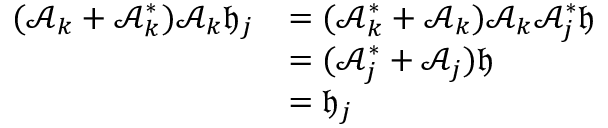
\begin{array} { r l } { ( \mathcal A _ { k } + \mathcal A _ { k } ^ { * } ) \mathcal A _ { k } \mathfrak h _ { j } } & { = ( \mathcal A _ { k } ^ { * } + \mathcal A _ { k } ) \mathcal A _ { k } \mathcal A _ { j } ^ { * } \mathfrak h } \\ & { = ( \mathcal A _ { j } ^ { * } + \mathcal A _ { j } ) \mathfrak h } \\ & { = \mathfrak h _ { j } } \end{array}